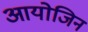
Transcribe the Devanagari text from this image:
आयोजिन